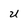
Character: u